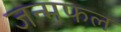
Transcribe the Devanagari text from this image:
जन्मफल